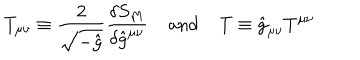
LaTeX: T _ { \mu \nu } \equiv \frac { 2 } { \sqrt { - \hat { g } } } \frac { \delta S _ { M } } { \delta \hat { g } ^ { \mu \nu } } \; \mathrm { a n d } \; T \equiv \hat { g } _ { \mu \nu } T ^ { \mu \nu }